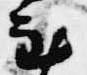
至